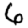
Digit: 6